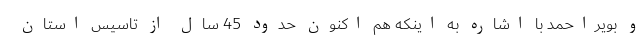
و بویراحمد با اشاره به اینکه هم اکنون حدود 45 سال از تاسیس استان